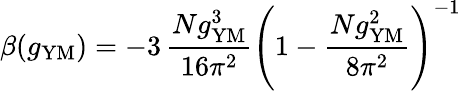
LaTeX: \beta(g_{\mathrm{YM}})=-3\, \frac{Ng_{\mathrm{YM}}^{3}}{16\pi^{2}}\left(1-\frac{Ng_{\mathrm{YM}}^{2}}{8\pi^{2}}\right)^{-1}